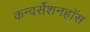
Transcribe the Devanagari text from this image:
कन्वर्सेशनहॉस